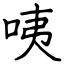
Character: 咦